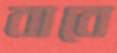
বাবে